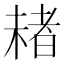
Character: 𣗓